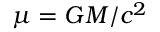
\mu = G M / c ^ { 2 }